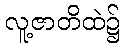
လူ့ဇာတိထဲ၌